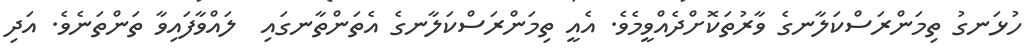
ހުޅަނގު ތިމަންރަސްކަލާނގެ ވާރުތަކޮށްދެއްވީމެވެ. އެއީ ތިމަންރަސްކަލާނގެ އެތަންތާނގައި  ލައްވާފައިވާ ތަންތަނެވެ. އަދި